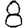
Digit: 8